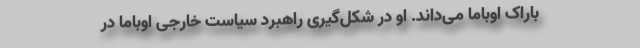
باراک اوباما می‌داند. او در شکل‌گیری راهبرد سیاست خارجی اوباما در